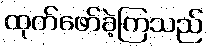
ထုတ်ဖော်ခဲ့ကြသည်